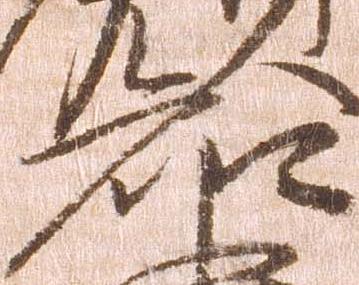
知